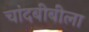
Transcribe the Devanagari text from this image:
चांदबीबीला